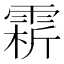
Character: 䨛